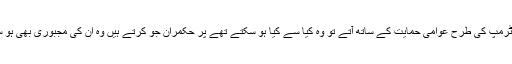
وہ اگر آج ٹرمپ کی طرح عوامی حمایت کے ساتھ آتے تو وہ کیا سے کیا ہو سکتے تھے پر حکمران جو کرتے ہیں وہ ان کی مجبوری بھی ہو سکتی ہے ۔